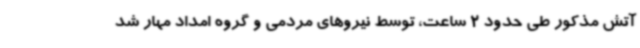
آتش مذکور طی حدود 2 ساعت، توسط نیروهای مردمی و گروه امداد مهار شد